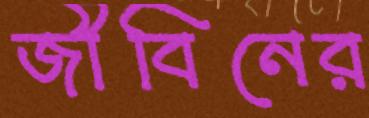
জীবিনের